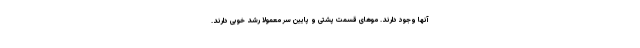
آنها وجود دارند. موهای قسمت پشتی و پایین سر معمولا رشد خوبی دارند.